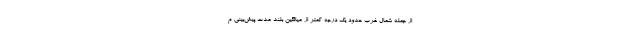
از جمله شمال غرب حدود یک درجه کمتر از میانگین بلند مدت پیش‌بینی م